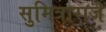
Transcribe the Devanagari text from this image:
सुमित्राराजे